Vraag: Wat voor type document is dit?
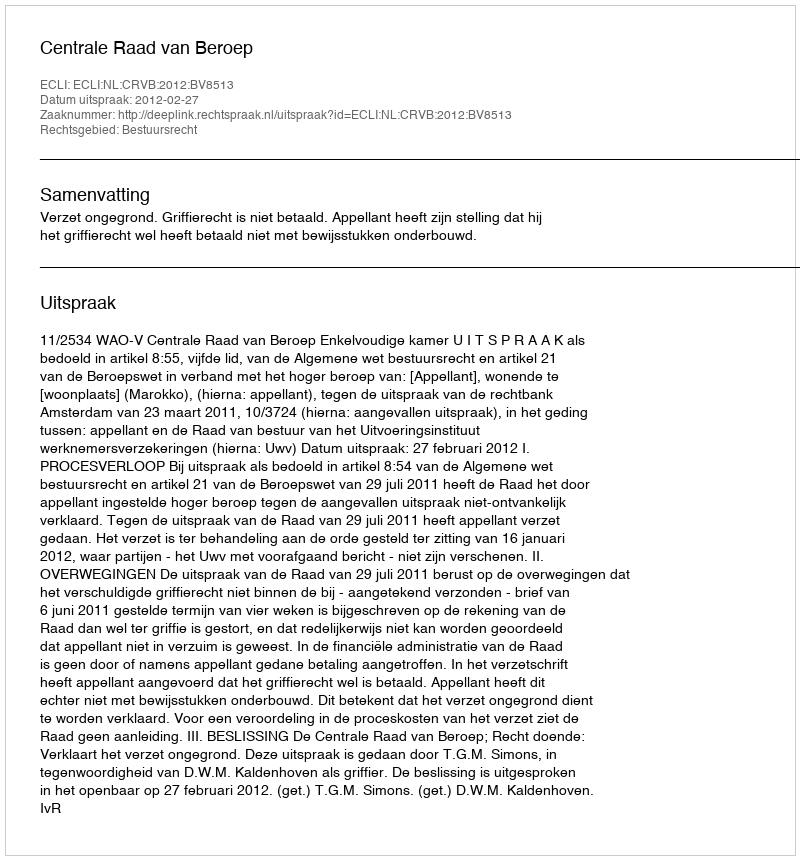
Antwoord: Uitspraak